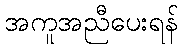
အကူအညီပေးရန်